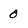
Character: 0